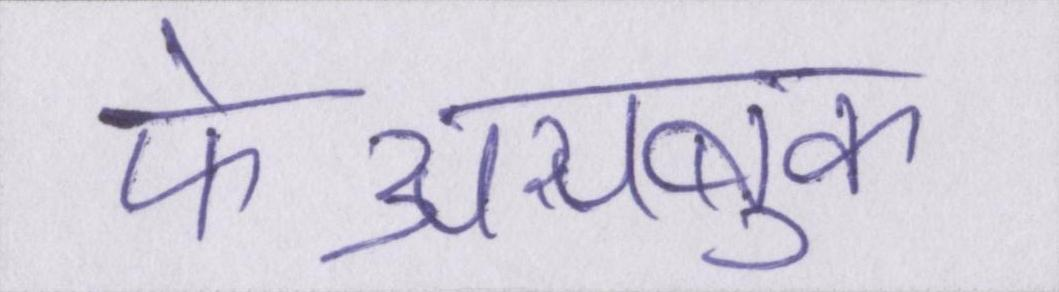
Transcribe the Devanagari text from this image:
फेअसबुक